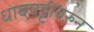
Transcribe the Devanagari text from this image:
धावपट्टीवरुन